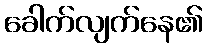
ခေါက်လျက်နေ၏